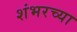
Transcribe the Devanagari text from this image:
शंभरच्या